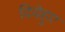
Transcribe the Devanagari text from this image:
दियेहुए